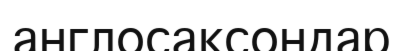
англосаксондар